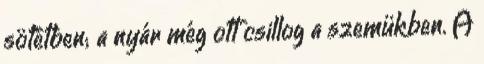
sötétben; a nyár még ott csillog a szemükben. A